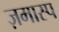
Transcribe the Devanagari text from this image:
ज़मास्प